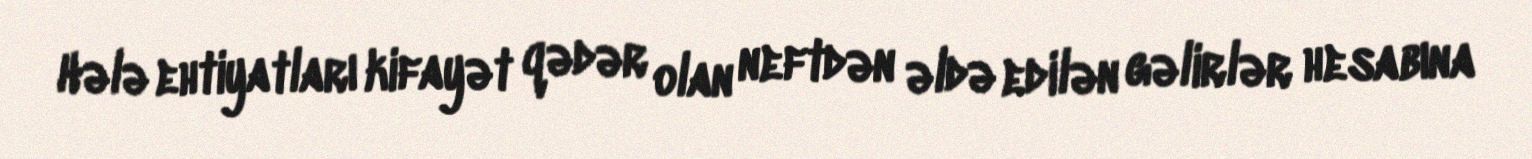
Hələ ehtiyatları kifayət qədər olan neftdən əldə edilən gəlirlər hesabına